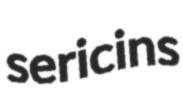
sericins